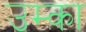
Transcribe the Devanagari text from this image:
उम्का